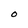
Character: O